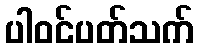
ပါဝင်ပတ်သက်